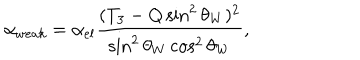
LaTeX: \alpha _ { w e a k } = \alpha _ { e l } \frac { ( T _ { 3 } - Q \sin ^ { 2 } \theta _ { W } ) ^ { 2 } } { \sin ^ { 2 } \theta _ { W } \cos ^ { 2 } \theta _ { W } } ,